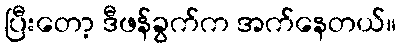
ပြီးတော့ ဒီဖန်ခွက်က အက်နေတယ်။